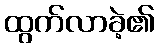
ထွက်လာခဲ့၏